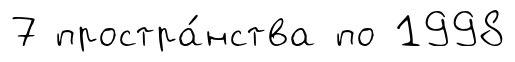
7 простра́нства по 1998